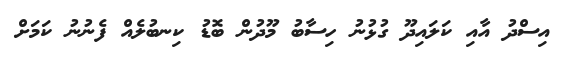
އިސްދު އާއި ކަލައިދޫ ގުޅުނު ހިސާބު މޫދުން ބޮޑު ކިނބުލެއް ފެނުނު ކަމަށް